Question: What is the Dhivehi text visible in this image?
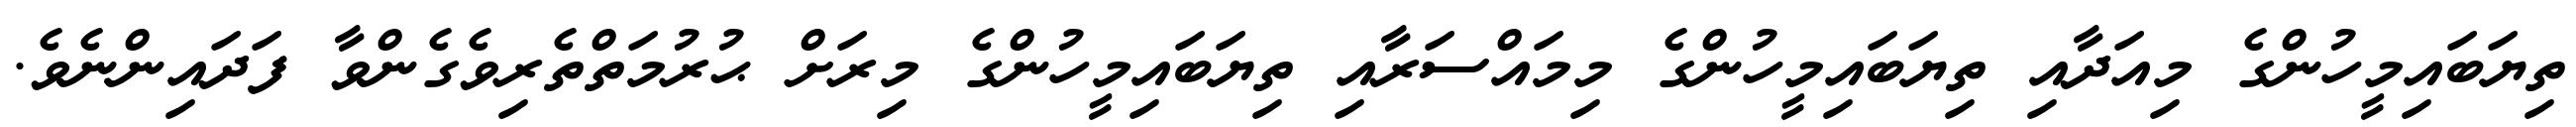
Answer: ތިޔަބައިމީހުންގެ މިއަދާއި ތިޔަބައިމީހުންގެ މިމައްސަރާއި ތިޔަބައިމީހުންގެ މިރަށް ޙުރުމަތްތެރިވެގެންވާ ފަދައިންނެވެ.